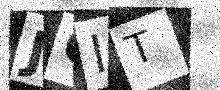
Text: J6IT